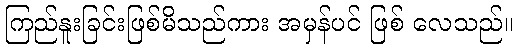
ကြည်နူးခြင်းဖြစ်မိသည်ကား အမှန်ပင် ဖြစ် လေသည်။